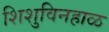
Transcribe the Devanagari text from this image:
शिशुविनहाळ